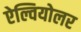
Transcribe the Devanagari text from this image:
ऐल्वियोलर